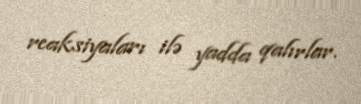
reaksiyaları ilə yadda qalırlar.